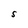
Character: S